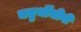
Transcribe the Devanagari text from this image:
चतुर्थीचीबी